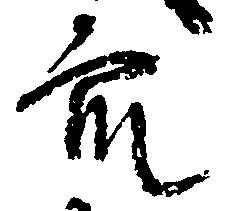
衆